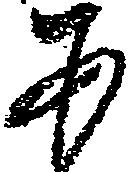
あ